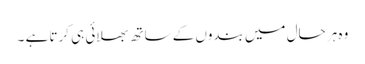
وہ ہر حال میں بندوں کے ساتھ بھلائی ہی کرتا ہے ۔